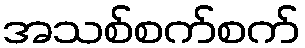
အသစ်စက်စက်